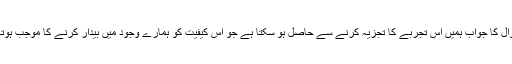
اس سوال کا جواب ہمیں اس تجربے کا تجزیہ کرنے سے حاصل ہو سکتا ہے جو اس کیفیت کو ہمارے وجود میں بیدار کرنے کا موجب ہوتا ہے ۔